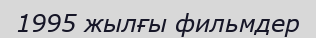
1995 жылғы фильмдер